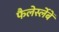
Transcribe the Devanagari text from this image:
फैलेर्स्लेबें